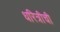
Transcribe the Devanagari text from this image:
धरित्रीची